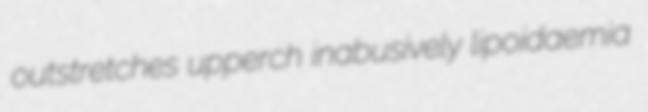
outstretches upperch inabusively lipoidaemia